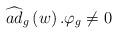
LaTeX: \begin{align*}\widehat{ad}_g\left( w\right) .\varphi _g\neq 0\end{align*}